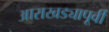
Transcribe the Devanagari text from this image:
आराखड्यापूर्वी